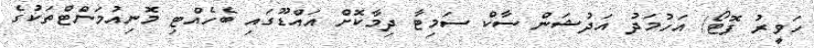
ހަވީރު ފޮޓޯ/ އަހުމަދު އަދުޝަން ސާކް ސަމިޓާ ދިމާކޮށް އައްޑޫގައި ބެހެއްޓި މޮނިއުމަންޓްތަކުގެ